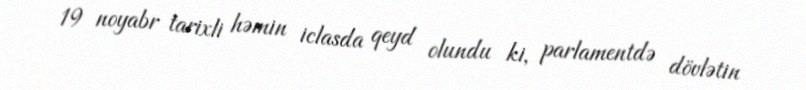
19 noyabr tarixli həmin iclasda qeyd olundu ki, parlamentdə dövlətin